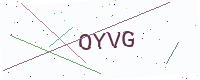
Text: OYVG